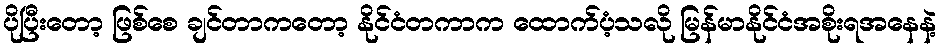
ပိုပြီးတော့ ဖြစ်စေ ချင်တာကတော့ နိုင်ငံတကာက ထောက်ပံ့သလို မြန်မာနိုင်ငံအစိုးရအနေနဲ့